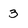
Character: 3